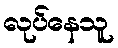
လုပ်နေသူ